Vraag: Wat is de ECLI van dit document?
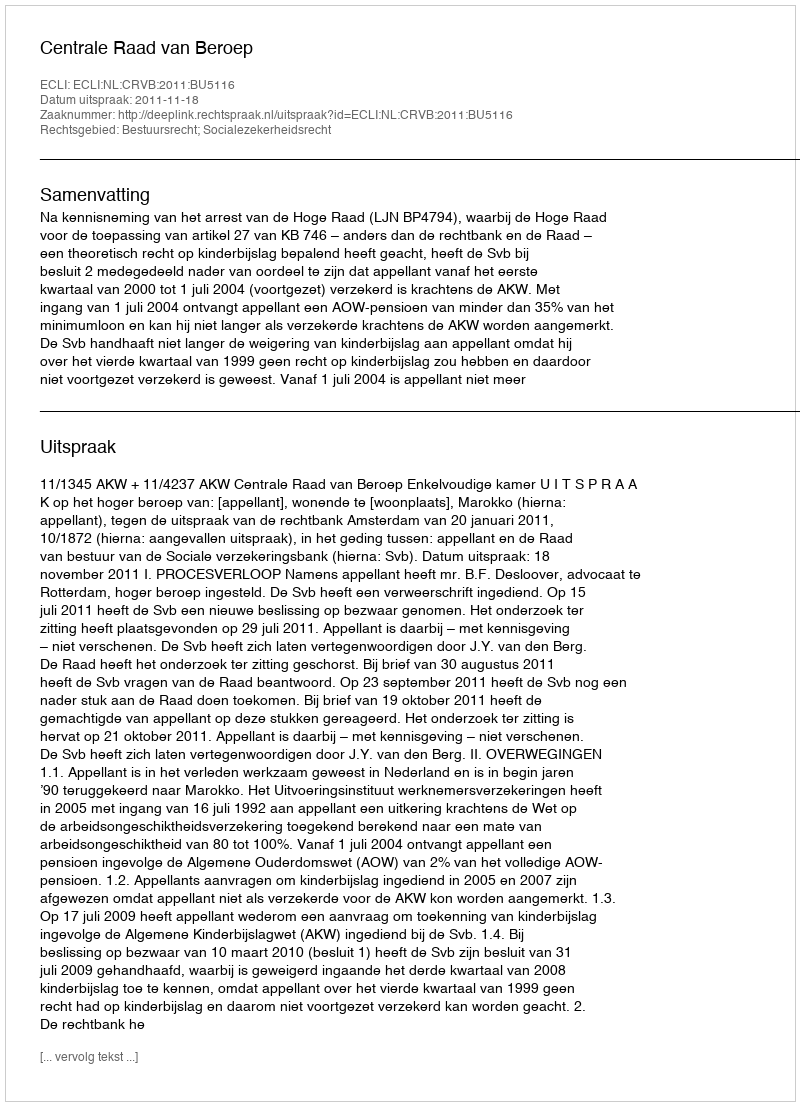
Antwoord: ECLI:NL:CRVB:2011:BU5116